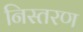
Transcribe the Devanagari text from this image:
निस्तरण